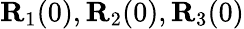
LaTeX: {\mathbf R}_{1}(0),{\mathbf R}_{2}(0),{\mathbf R}_{3}(0)